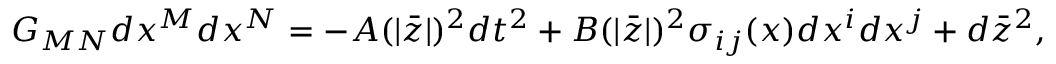
G _ { M N } d x ^ { M } d x ^ { N } = - A ( | \bar { z } | ) ^ { 2 } d t ^ { 2 } + B ( | \bar { z } | ) ^ { 2 } \sigma _ { i j } ( x ) d x ^ { i } d x ^ { j } + d \bar { z } ^ { 2 } ,